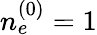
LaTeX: n_{e}^{(0)}=1